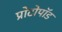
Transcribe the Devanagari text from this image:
प्रोटोपॉड